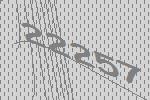
22257